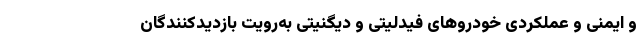
و ایمنی و عملکردی خودروهای فیدلیتی و دیگنیتی به‌رویت بازدیدکنندگان